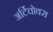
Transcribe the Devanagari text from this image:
अर्टिचोक्स